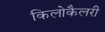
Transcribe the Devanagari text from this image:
किलोकैलरी